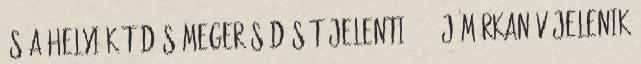
és a helyi kötődés megerősödését jelenti.1-2 új márkanév jelenik